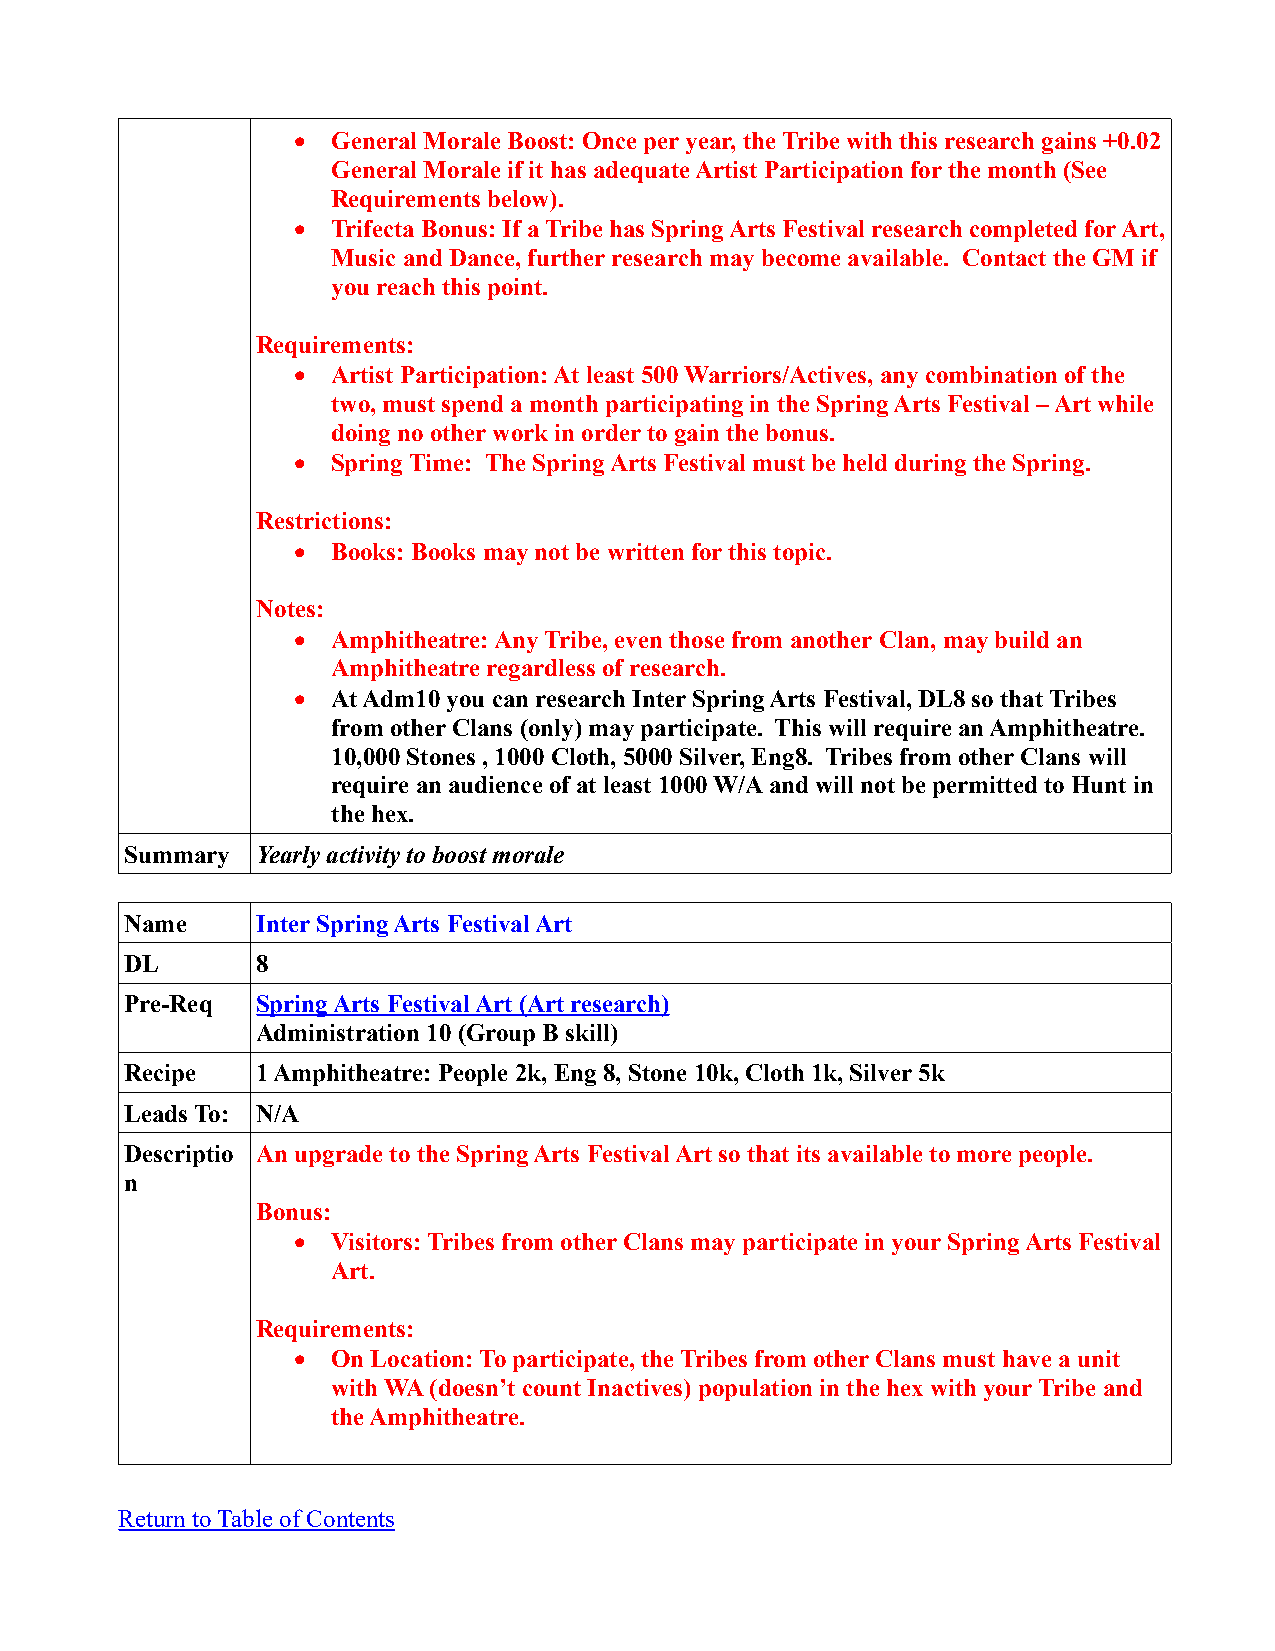
  General Morale Boost: Once per year, the Tribe with this research gains +0.02
 General Morale if it has adequate Artist Participation for the month (See
 Requirements below).
   Trifecta Bonus: If a Tribe has Spring Arts Festival research completed for Art,
 Music and Dance, further research may become available. Contact the GM if
 you reach this point.
 Requirements:
   Artist Participation: At least 500 Warriors/Actives, any combination of the
 two, must spend a month participating in the Spring Arts Festival – Art while
 doing no other work in order to gain the bonus.
   Spring Time: The Spring Arts Festival must be held during the Spring.
 Restrictions:
   Books: Books may not be written for this topic.
 Notes:
   Amphitheatre: Any Tribe, even those from another Clan, may build an
 Amphitheatre regardless of research.
   At Adm10 you can research Inter Spring Arts Festival, DL8 so that Tribes
 from other Clans (only) may participate. This will require an Amphitheatre.
 10,000 Stones , 1000 Cloth, 5000 Silver, Eng8. Tribes from other Clans will
 require an audience of at least 1000 W/A and will not be permitted to Hunt in
 the hex.
 Summary  Yearly activity to boost morale
 Name     Inter Spring Arts Festival Art
 DL       8
 Pre-Req  Spring Arts Festival Art (Art research)
 Administration 10 (Group B skill)
 Recipe   1 Amphitheatre: People 2k, Eng 8, Stone 10k, Cloth 1k, Silver 5k
 Leads To: N/A
 Descriptio An upgrade to the Spring Arts Festival Art so that its available to more people.
 n
 Bonus:
   Visitors: Tribes from other Clans may participate in your Spring Arts Festival
 Art.
 Requirements:
   On Location: To participate, the Tribes from other Clans must have a unit
 with WA (doesn’t count Inactives) population in the hex with your Tribe and
 the Amphitheatre.
 Return to Table of Contents